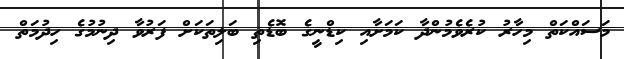
މަސައްކަތް މިހާރު ކުރެވެމުންދާ ކަމަށާއި ކިޑްނީގެ ބޮޑެތި ބަލިތަކަށް ފަރުވާ ދިނުމުގެ ހިދުމަތް